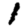
Digit: 1